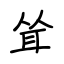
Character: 耸